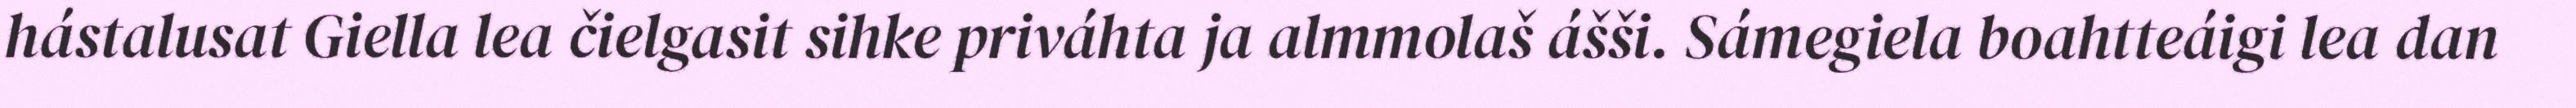
hástalusat Giella lea čielgasit sihke priváhta ja almmolaš ášši. Sámegiela boahtteáigi lea dan